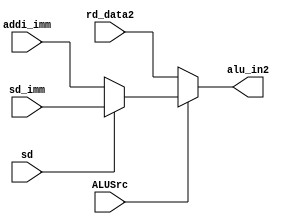
`timescale 1ns / 1ps
//////////////////////////////////////////////////////////////////////////////////
// Company: 
// Engineer: 
// 
// Design Name: 
// Module Name: alusrc_mux
// Project Name: 
// Target Devices: 
// Tool Versions: 
// Description: 
// 
// Dependencies: 
// 
// Revision:
// Revision 0.01 - File Created
// Additional Comments:
// 
//////////////////////////////////////////////////////////////////////////////////


module alusrc_mux(rd_data2, sd_imm, addi_imm, ALUSrc, sd, alu_in2

    );
    
    input [63:0] rd_data2, sd_imm, addi_imm;
    input ALUSrc, sd;
    output [63:0] alu_in2;
    
    assign alu_in2 = ALUSrc ? ((sd)? sd_imm : addi_imm) : rd_data2;
endmodule